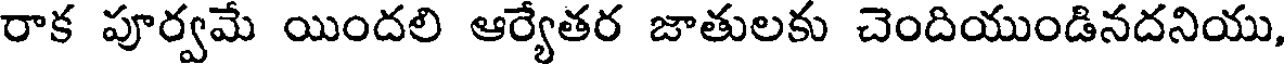
రాక పూర్వమే యిందలి ఆర్యేతర జాతులకు చెందియుండినదనియు,